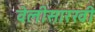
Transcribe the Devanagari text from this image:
वेलीसारखी